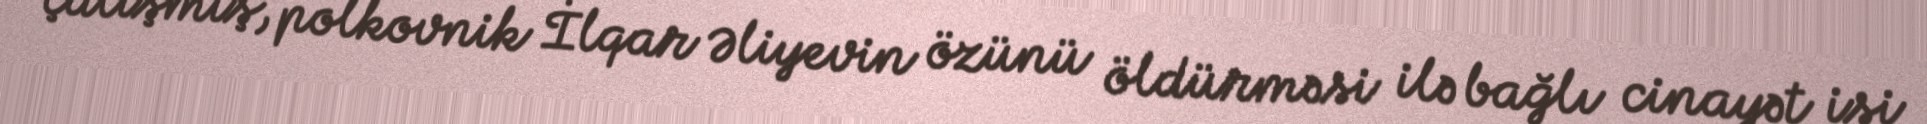
çalışmış, polkovnik İlqar Əliyevin özünü öldürməsi ilə bağlı cinayət işi